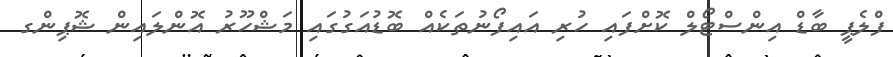
ފްލެޕީ ބާޑް އިންސްޓޯލް ކޮށްފައި ހުރި އައިފޯނުތަކެއް ބޮޑުއަގުގައި މަޝްހޫރު އޮންލައިން ޝޮޕިންގ